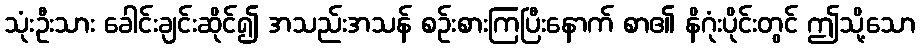
သုံးဦးသား ခေါင်းချင်းဆိုင်၍ အသည်းအသန် စဉ်းစားကြပြီးနောက် စာ၏ နိဂုံးပိုင်းတွင် ဤသို့သော